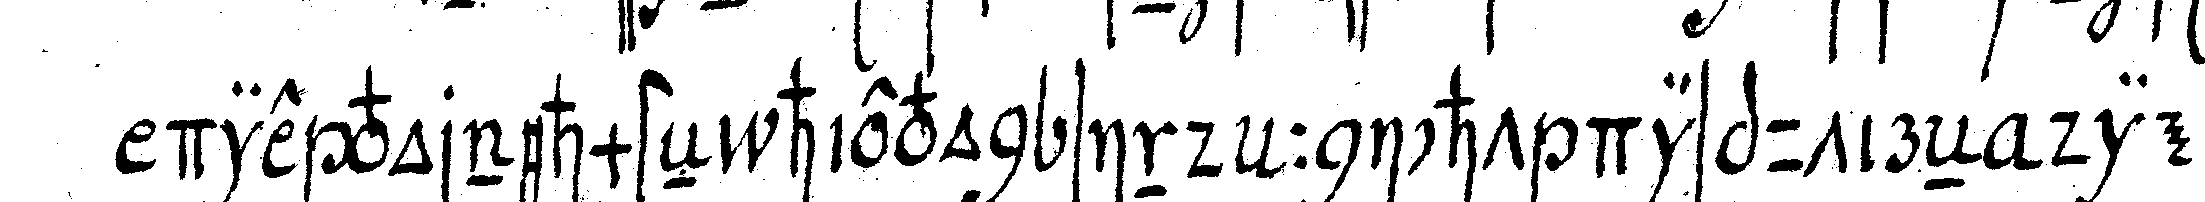
die vornehmsteN hievon sind : nicht disputireN die